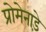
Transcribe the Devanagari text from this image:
प्रोमेनाड़े